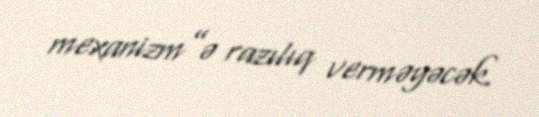
mexanizm”ə razılıq verməyəcək.